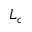
L _ { c }